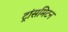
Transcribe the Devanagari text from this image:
ट्रांसमिटन